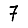
Digit: 7